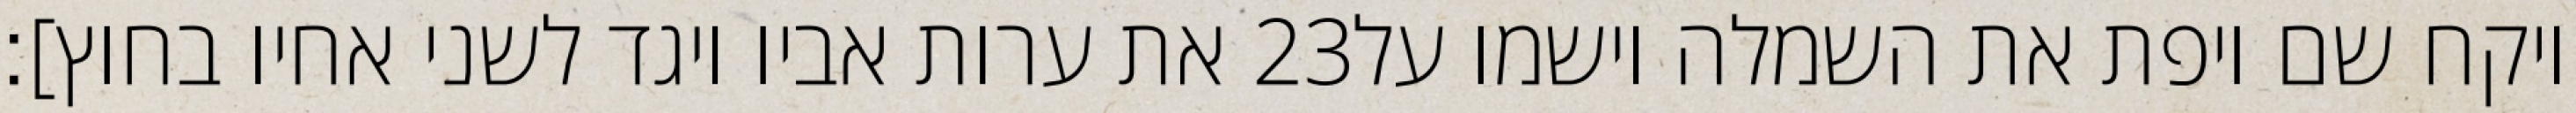
את ערות אביו ויגד לשני אחיו בחוץ]׃ ‎23‏ ויקח שם ויפת את השמלה וישמו על